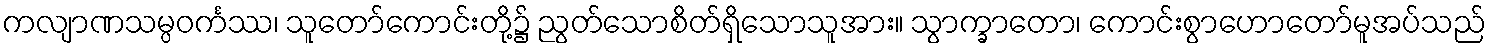
ကလျာဏသမ္ပဝင်္ကဿ၊ သူတော်ကောင်းတို့၌ ညွတ်သောစိတ်ရှိသောသူအား။ သွာက္ခာတော၊ ကောင်းစွာဟောတော်မူအပ်သည်